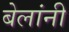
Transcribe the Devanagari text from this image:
बेलांनी